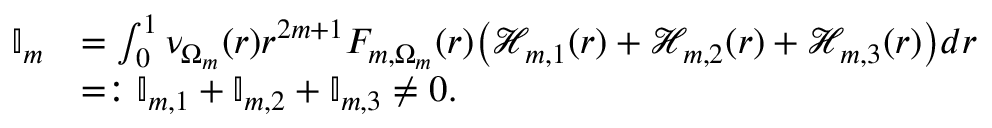
\begin{array} { r l } { \mathbb { I } _ { m } } & { = \int _ { 0 } ^ { 1 } \nu _ { \Omega _ { m } } ( r ) r ^ { 2 m + 1 } F _ { m , \Omega _ { m } } ( r ) \big ( \mathcal { H } _ { m , 1 } ( r ) + \mathcal { H } _ { m , 2 } ( r ) + \mathcal { H } _ { m , 3 } ( r ) \big ) d r } \\ & { = : \mathbb { I } _ { m , 1 } + \mathbb { I } _ { m , 2 } + \mathbb { I } _ { m , 3 } \neq 0 . } \end{array}